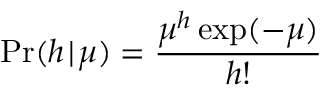
\operatorname* { P r } ( h \! \mid \! \mu ) = \frac { \mu ^ { h } \exp ( - \mu ) } { h ! }